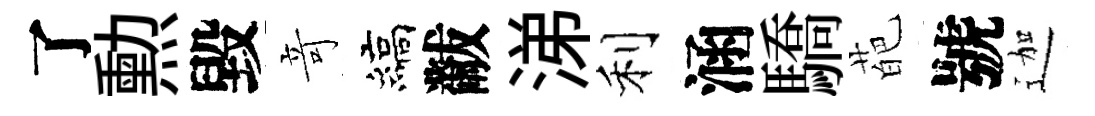
了勲毀竒縞黻涕利涵驕葩號迦